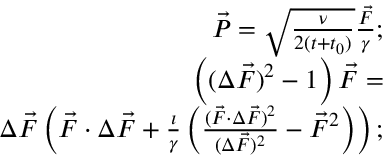
\begin{array} { r l r } & { } & { \vec { P } = \sqrt { \frac { \nu } { 2 ( t + t _ { 0 } ) } } \frac { \vec { F } } { \gamma } ; } \\ & { } & { \left( ( \Delta \vec { F } ) ^ { 2 } - 1 \right) \vec { F } = } \\ & { } & { \Delta \vec { F } \left( \vec { F } \cdot \Delta \vec { F } + \frac { \imath } { \gamma } \left( \frac { ( \vec { F } \cdot \Delta \vec { F } ) ^ { 2 } } { ( \Delta \vec { F } ) ^ { 2 } } - \vec { F } ^ { 2 } \right) \right) ; } \end{array}